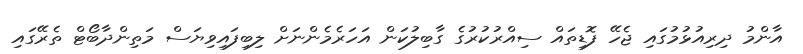
އާންމު ދިރިއުޅުމުގައި ޖެހޭ ފޮޑިތައް ސިއްރުކުރުގެ ގާބިލުކަން އަހަރެމެންނަށް ލިބިފައިވިޔަސް މަތިންދާބޯޓް ތެރޭގައި